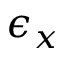
\epsilon _ { x }